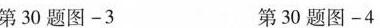
第30题图—3 第30题图—4